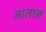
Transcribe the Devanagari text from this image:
नातान